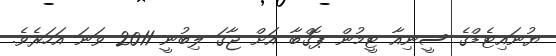
ޔުނައިޓެޑްގެ ސީނިއާ ޓީމުން ޕޮގްބާ އަށް ޖާގަ ލިބުނީ 2011 ވަނަ އަހަރެވެ.